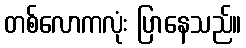
တစ်လောကလုံး ပြာနေသည်။